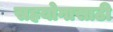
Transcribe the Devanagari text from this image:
सहयोगासाठी